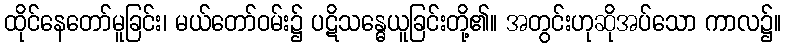
ထိုင်နေတော်မူခြင်း၊ မယ်တော်ဝမ်း၌ ပဋိသန္ဓေယူခြင်းတို့၏။ အတွင်းဟုဆိုအပ်သော ကာလ၌။